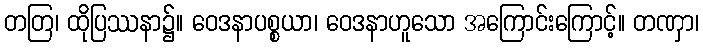
တတြ၊ ထိုပြဿနာ၌။ ဝေဒနာပစ္စယာ၊ ဝေဒနာဟူသော အကြောင်းကြောင့်။ တဏှာ၊